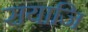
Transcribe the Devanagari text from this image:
सयाजि